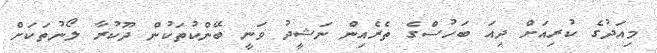
މިއަދުގެ ކުރިއަށް ދިއަ ބަހުސްގެ ތެރެއިން ނަޝީދު ވަނީ ބޭންކުތަކުން ދޫކުރާ ލޯނުތަކަށް